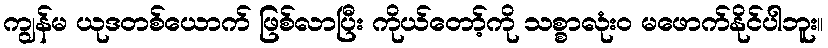
ကျွန်မ ယုဒတစ်ယောက် ဖြစ်လာပြီး ကိုယ်တော့်ကို သစ္စာလုံးဝ မဖောက်နိုင်ပါဘူး။